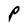
Character: P